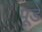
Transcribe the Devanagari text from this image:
पूडे